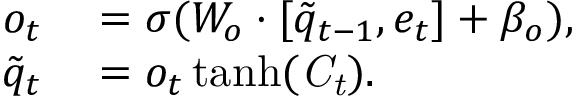
\begin{array} { r l } { o _ { t } } & { { } = \sigma ( W _ { o } \cdot [ \tilde { q } _ { t - 1 } , e _ { t } ] + \beta _ { o } ) , } \\ { { \tilde { q } } _ { t } } & { { } = o _ { t } \operatorname { t a n h } ( \it { C _ { t } } ) . } \end{array}